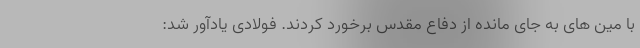
با مین های به جای مانده از دفاع مقدس برخورد کردند. فولادی یادآور شد: